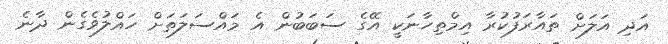
އަދި އަލަށް ތައާރަފުކުރާ އިމްތިހާނަކީ އޭގެ ސަބަބުން އެ މައްސަލަތަށް ހައްލުވެގެން ދާނެ